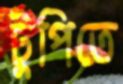
টুপিতে